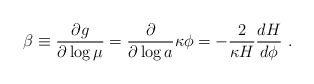
\begin{align*}\beta \equiv {\partial g \over \partial \log \mu}={\partial \over \partial \log a} \kappa \phi =-{2 \over \kappa H} {d H \over {d\phi}}~. \end{align*}